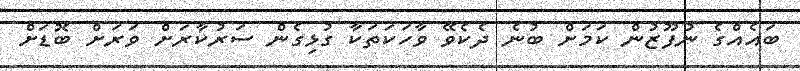
ބައެއްގެ ނުފޫޒުން ކަމަށް ބުނެ ދެކެވޭ ވާހަކަތަކާ ގުޅިގެން ސަރުކާރަށް ވަރަށް ބޮޑަށް